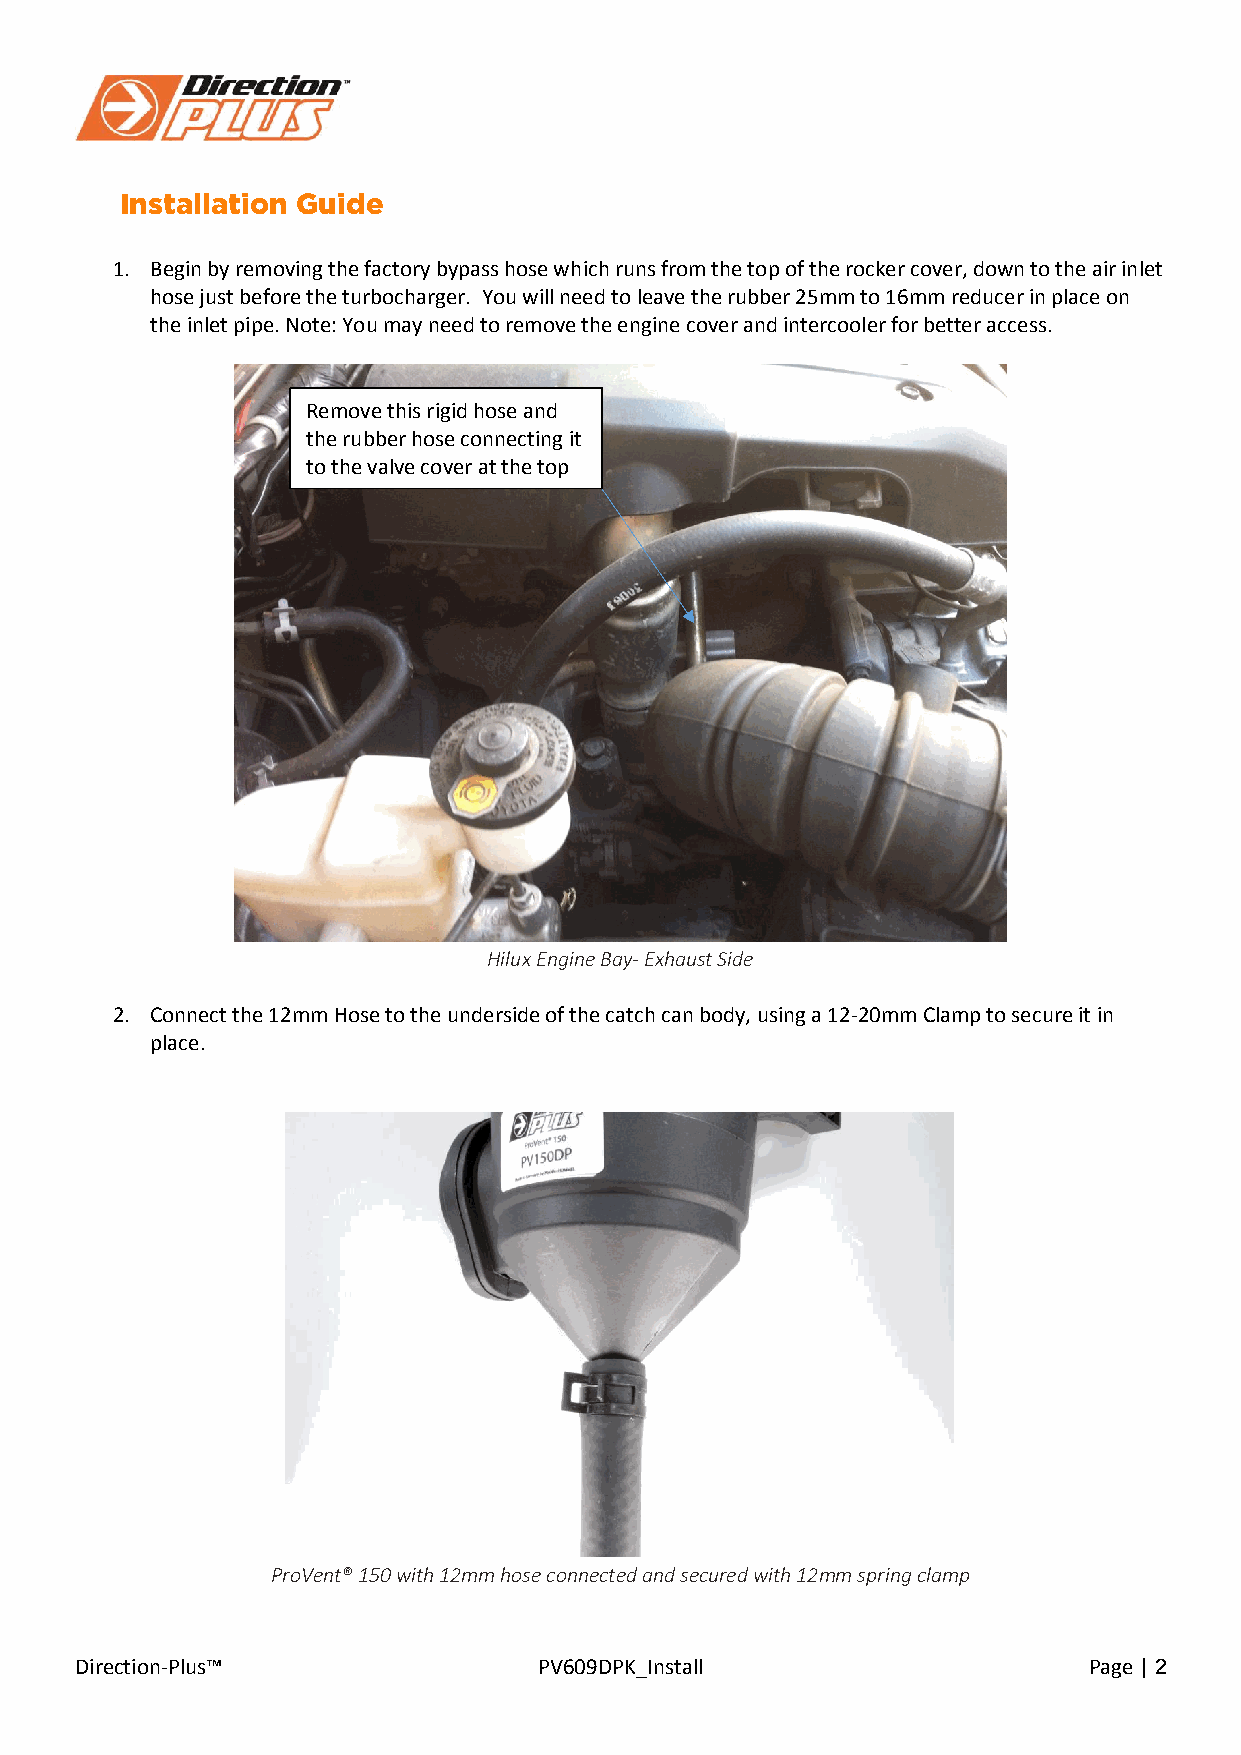
Installation Guide
 1. Begin by removing the factory bypass hose which runs from the top of the rocker cover, down to the air inlet
 hose just before the turbocharger. You will need to leave the rubber 25mm to 16mm reducer in place on
 the inlet pipe. Note: You may need to remove the engine cover and intercooler for better access.
 Remove this rigid hose and
 the rubber hose connecting it
 to the valve cover at the top
 Hilux Engine Bay- Exhaust Side
 2. Connect the 12mm Hose to the underside of the catch can body, using a 12-20mm Clamp to secure it in
 place.
 ProVent® 150 with 12mm hose connected and secured with 12mm spring clamp
 Direction-Plus™                PV609DPK_Install                    Page | 2